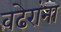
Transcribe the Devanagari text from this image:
वढेरांना